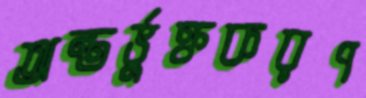
অন্তর্ভুক্তকরণ